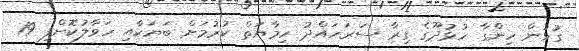
ގުޅުން ހިންގާ ހުޅުދޫގެ ގިރާ ސަރަހައްދު ހިމާޔަތް ކުރުމަށް ބަޔަކާއި ހަވާލުކޮށްފި 19